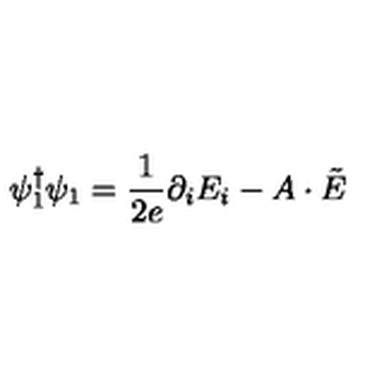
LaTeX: \psi _ { 1 } ^ { \dagger } \psi _ { 1 } = \frac { 1 } { 2 e } \partial _ { i } E _ { i } - A \cdot \tilde { E }